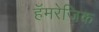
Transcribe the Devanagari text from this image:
हॅमरेजिक